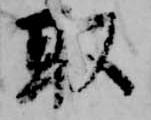
取